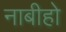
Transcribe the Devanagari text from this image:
नाबीहो